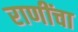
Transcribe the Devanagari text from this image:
राणींचा